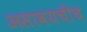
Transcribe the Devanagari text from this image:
असावयचीच